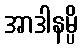
အာဒါနမ္ပိ